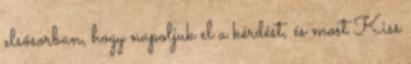
elsősorban, hogy napoljuk el a kérdést, és most Kiss